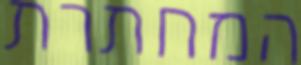
המחתרת